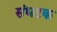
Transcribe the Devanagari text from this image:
संधटक